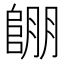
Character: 𲉔